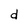
Character: d